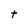
Character: t